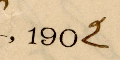
1902